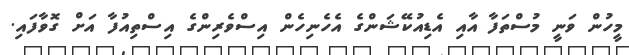
މީހުން ވަނީ މުސްތަފާ އާއި އެޑިއުކޭޝަންގެ އެހެނިހެން އިސްވެރިންގެ އިސްތިއުފާ އަށް ގޮވާފައި.